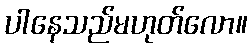
ပါနေသည်မဟုတ်လော။